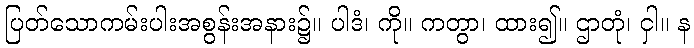
ပြတ်သောကမ်းပါးအစွန်းအနား၌။ ပါဒံ၊ ကို။ ကတွာ၊ ထား၍။ ဌာတုံ၊ ငှါ။ န